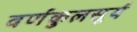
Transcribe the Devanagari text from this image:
वर्णकुलसूर्य